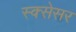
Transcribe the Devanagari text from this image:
स्क्सेसर